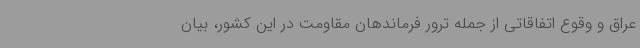
عراق و وقوع اتفاقاتی از جمله ترور فرماندهان مقاومت در این کشور، بیان